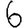
Digit: 6